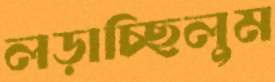
লড়াচ্ছিলুম